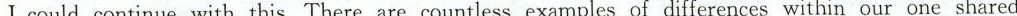
I could continue with this. There are countless examples of differences within our one shared